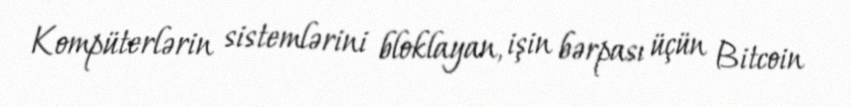
Kompüterlərin sistemlərini bloklayan, işin bərpası üçün Bitcoin